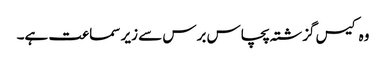
وہ کیس گزشتہ پچاس برس سے زیر سماعت ہے۔